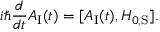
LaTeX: i \hbar { \frac { d } { d t } } A _ { \mathrm { I } } ( t ) = [ A _ { \mathrm { I } } ( t ) , H _ { 0 , { \mathrm { S } } } ] .